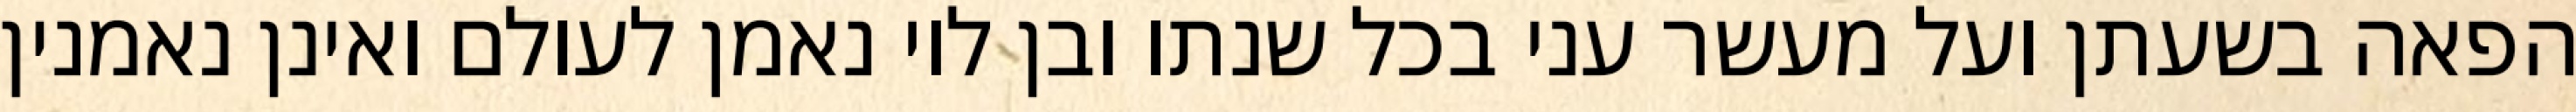
הפאה בשעתן ועל מעשר עני בכל שנתו ובן לוי נאמן לעולם ואינן נאמנין